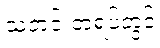
သတင်းတရပ်တွင်